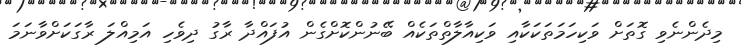
މިދެންނެވި ގޮތަށް ވަކިހަމަތަކަކާއި ވަކިއާލާތްތަކެއް ބޭނުންކޮށްގެން އުފައްދާ ރާގު ދިވެހި އަމިއްލަ ރާގަކަށްވާނަމަ